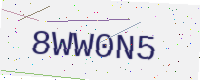
Text: 8WW0N5